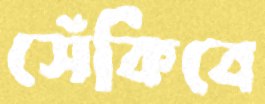
সেঁকিবে